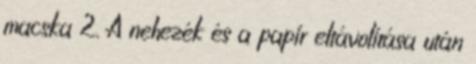
macska 2. A nehezék és a papír eltávolítása után